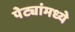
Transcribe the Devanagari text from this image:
पेट्यांमध्ये